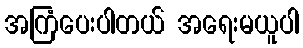
အကြံပေးပါတယ် အရေးမယူပါ